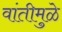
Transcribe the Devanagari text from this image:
वांतीमुळे